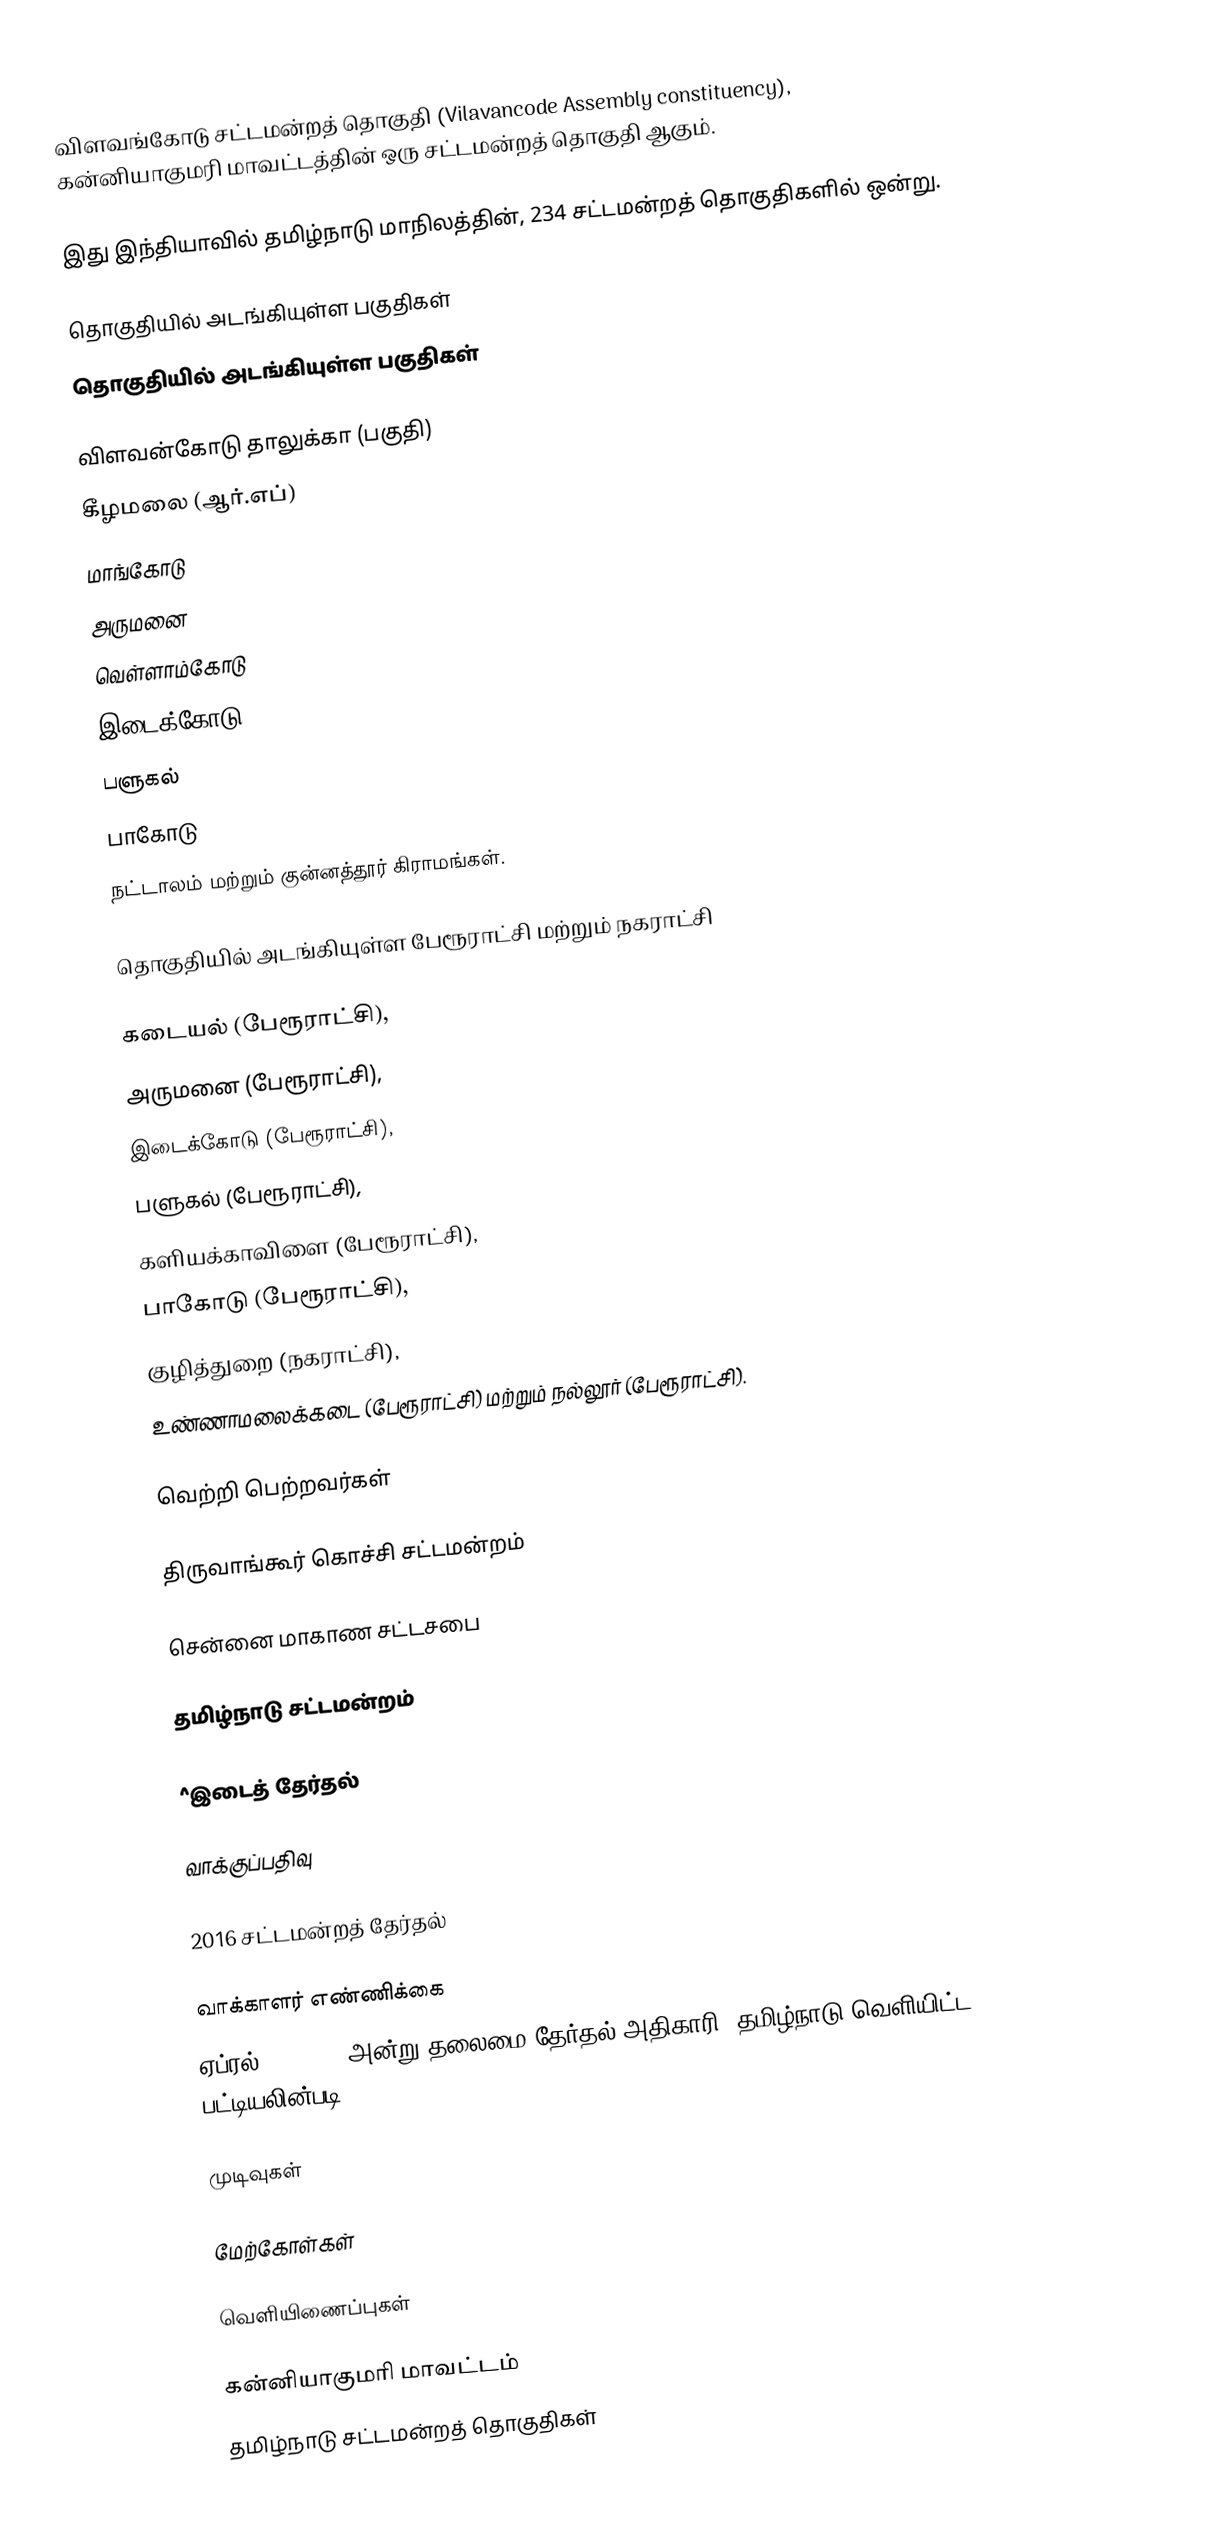
விளவங்கோடு சட்டமன்றத் தொகுதி (Vilavancode Assembly constituency), கன்னியாகுமரி மாவட்டத்தின் ஒரு சட்டமன்றத் தொகுதி ஆகும்.

இது இந்தியாவில் தமிழ்நாடு மாநிலத்தின், 234 சட்டமன்றத் தொகுதிகளில் ஒன்று.

தொகுதியில் அடங்கியுள்ள பகுதிகள்
தொகுதியில் அடங்கியுள்ள பகுதிகள்

விளவன்கோடு தாலுக்கா (பகுதி)
கீழமலை (ஆர்.எப்)
மாங்கோடு
அருமனை
வெள்ளாம்கோடு
இடைக்கோடு
பளுகல்
பாகோடு
நட்டாலம் மற்றும் குன்னத்தூர் கிராமங்கள்.

தொகுதியில் அடங்கியுள்ள பேரூராட்சி மற்றும் நகராட்சி

கடையல் (பேரூராட்சி),
அருமனை (பேரூராட்சி),
இடைக்கோடு (பேரூராட்சி),
பளுகல் (பேரூராட்சி),
களியக்காவிளை (பேரூராட்சி),
பாகோடு (பேரூராட்சி),
குழித்துறை (நகராட்சி),
உண்ணாமலைக்கடை (பேரூராட்சி) மற்றும் நல்லூர் (பேரூராட்சி).

வெற்றி பெற்றவர்கள்

திருவாங்கூர் கொச்சி சட்டமன்றம்

சென்னை மாகாண சட்டசபை

தமிழ்நாடு சட்டமன்றம்

^இடைத் தேர்தல்

வாக்குப்பதிவு

2016 சட்டமன்றத் தேர்தல்

வாக்காளர் எண்ணிக்கை
ஏப்ரல் 29, 2016 அன்று தலைமை தேர்தல் அதிகாரி, தமிழ்நாடு வெளியிட்ட பட்டியலின்படி,

முடிவுகள்

மேற்கோள்கள்

வெளியிணைப்புகள்

கன்னியாகுமரி மாவட்டம்
தமிழ்நாடு சட்டமன்றத் தொகுதிகள்